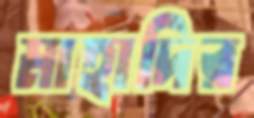
মাহাদির